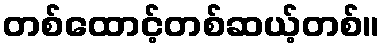
တစ်ထောင့်တစ်ဆယ့်တစ်။